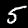
Digit: 5